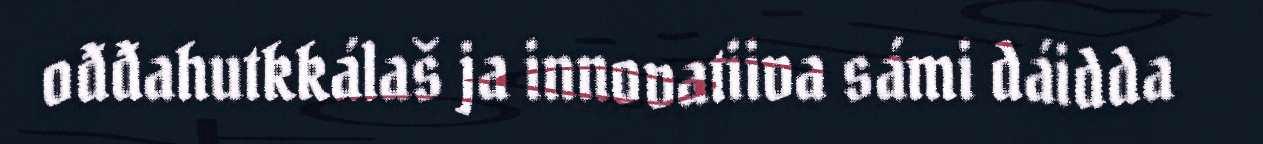
ođđahutkkálaš ja innovatiiva sámi dáidda